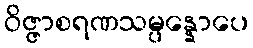
ဝိဇ္ဇာစရဏသမ္ပန္နောပေ